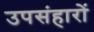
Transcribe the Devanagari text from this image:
उपसंहारों